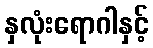
နှလုံးရောဂါနှင့်